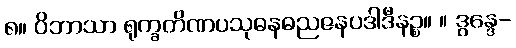
၈။ ဝိဘာသာ ရုက္ခတိဏပသုဓနဓညဇနပဒါဒီနဉ္စ။ ။ ဒွန္ဒေ-